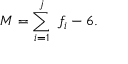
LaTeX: M = \sum _ { i = 1 } ^ { j } \ f _ { i } - 6 .